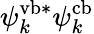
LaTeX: \psi_{k}^{\mathrm{vb}*}\psi_{k}^{\mathrm{cb}}